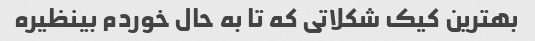
بهترین کیک شکلاتی که تا به حال خوردم بینظیره